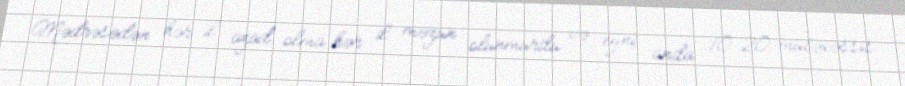
Mədrəsədən hər il azad olma hər il məzun olunmurdu və eyni anda 10–20 mütəxəssis